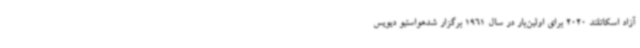
آزاد اسکاتلند 2020 برای اولین‌بار در سال 1961 برگزار شدهواستیو دیویس